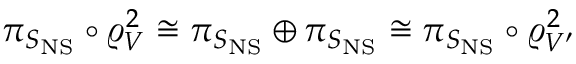
\pi _ { S _ { \mathrm { N S } } } \circ \varrho _ { V } ^ { 2 } \cong \pi _ { S _ { \mathrm { N S } } } \oplus \pi _ { S _ { \mathrm { N S } } } \cong \pi _ { S _ { \mathrm { N S } } } \circ \varrho _ { V ^ { \prime } } ^ { 2 }